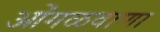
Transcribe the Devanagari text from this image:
ओंगळवाणा